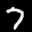
Label: 7